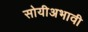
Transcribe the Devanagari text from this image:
सोयीअभावी